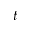
t